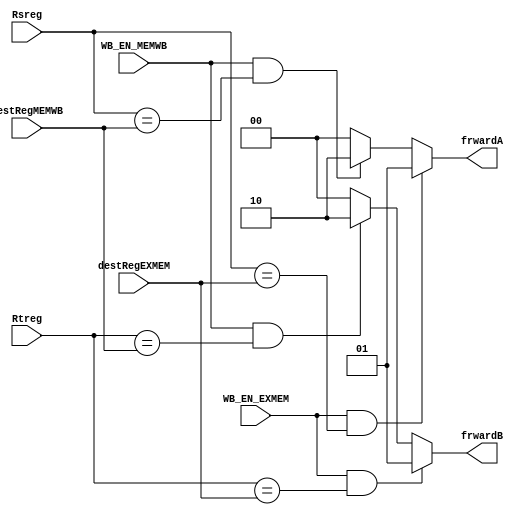
`timescale 1ns / 1ps
//////////////////////////////////////////////////////////////////////////////////
// Company: 
// Engineer: 
// 
// Design Name: 
// Module Name: forwardingUnit
// Project Name: 
// Target Devices: 
// Tool Versions: 
// Description: 
// 
// Dependencies: 
// 
// Revision:
// Revision 0.01 - File Created
// Additional Comments:
// 
//////////////////////////////////////////////////////////////////////////////////


module forwardingUnit(
input [4:0] Rsreg,
input [4:0] Rtreg,
input [4:0] destRegEXMEM,
input [4:0] destRegMEMWB,
input WB_EN_EXMEM,
input WB_EN_MEMWB,
output reg [1:0] frwardA,
output reg [1:0] frwardB
 );
 
 always @(*)
 begin
 {frwardA, frwardB} = 0;
 if(WB_EN_EXMEM && Rsreg == destRegEXMEM) frwardA = 2'd1;
 else if (WB_EN_MEMWB && Rsreg == destRegMEMWB) frwardA = 2'd2;
 
if(WB_EN_EXMEM && Rtreg == destRegEXMEM) frwardB = 2'd1;
else if (WB_EN_MEMWB && Rtreg == destRegMEMWB) frwardB = 2'd2;
 end
endmodule